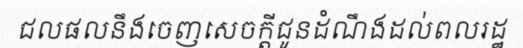
ជលផលនឹងចេញសេចក្តីជូនដំណឹងដល់ពលរដ្ឋ